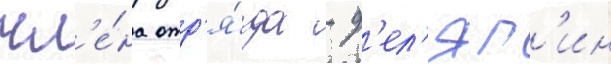
чл'е́на отр'я́да - д'ел'яг'ин